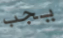
يجب